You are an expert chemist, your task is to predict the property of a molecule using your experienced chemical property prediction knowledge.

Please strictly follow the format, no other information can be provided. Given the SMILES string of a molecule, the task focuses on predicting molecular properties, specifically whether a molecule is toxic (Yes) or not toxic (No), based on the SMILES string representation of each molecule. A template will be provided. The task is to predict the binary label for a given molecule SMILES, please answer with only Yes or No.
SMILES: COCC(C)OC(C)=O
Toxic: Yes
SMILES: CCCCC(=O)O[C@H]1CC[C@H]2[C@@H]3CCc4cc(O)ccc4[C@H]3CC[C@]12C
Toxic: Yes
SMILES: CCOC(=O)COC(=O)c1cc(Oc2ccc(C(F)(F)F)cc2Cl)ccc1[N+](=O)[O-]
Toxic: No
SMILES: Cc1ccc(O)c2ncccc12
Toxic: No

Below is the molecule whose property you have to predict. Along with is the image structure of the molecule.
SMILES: O=C(O)COc1ccc(Cl)cc1
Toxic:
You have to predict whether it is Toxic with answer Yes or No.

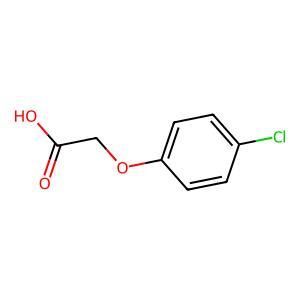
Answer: No